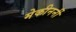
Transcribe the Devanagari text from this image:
मेकीनर्नी